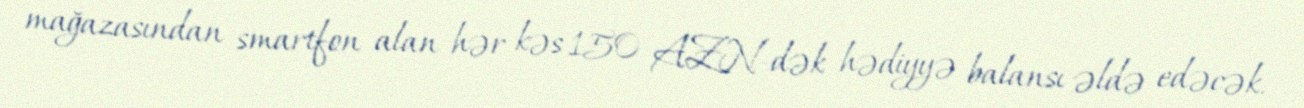
mağazasından smartfon alan hər kəs 150 AZN-dək hədiyyə balansı əldə edəcək.